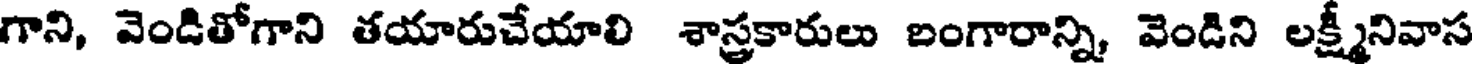
గాని, వెండితోగాని తయారుచేయాలి శాస్త్రకారులు బంగారాన్ని, వెండిని లక్ష్మీనివాస